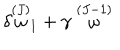
LaTeX: \delta \stackrel { ( J ) } { \omega } _ { 1 } + \gamma \stackrel { ( J - 1 ) } { \omega }